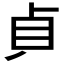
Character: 𭾛